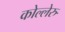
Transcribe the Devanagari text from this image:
कोल्लेरु